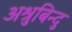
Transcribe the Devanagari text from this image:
अश्रुबिन्दु